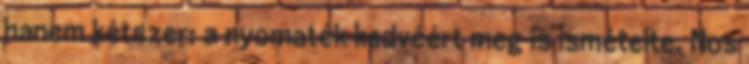
hanem kétszer: a nyomaték kedvéért meg is ismételte. Nos